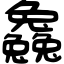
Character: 𠓗